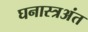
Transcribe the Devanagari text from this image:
घनास्त्रअंत